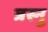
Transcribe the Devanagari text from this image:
त्रस्नु